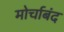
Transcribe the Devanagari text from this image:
मोर्चाबंद